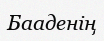
Бааденің